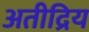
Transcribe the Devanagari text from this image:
अतीद्रिय